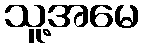
သူ့အမေ